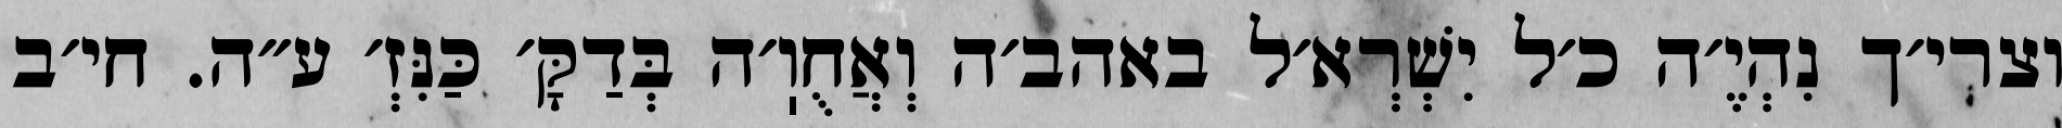
וצרי׳ך נִהְיֶ׳ה כ׳ל יִשְׁרְא׳ל באהב׳ה וְאֲחֻוֽ׳ה בְּדַקָּ׳ כַּנִּזְ׳ ע״ה. חי׳ב